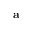
\bf a